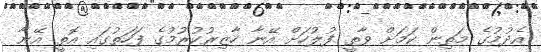
އެދުމުގެ މަތިން ކަމަށް ވާތީ ފުލުހަށް އޭނާ ހާޒިރުކުރުމުގެ ފަހަތުގައި އޮތީ އޭނާ